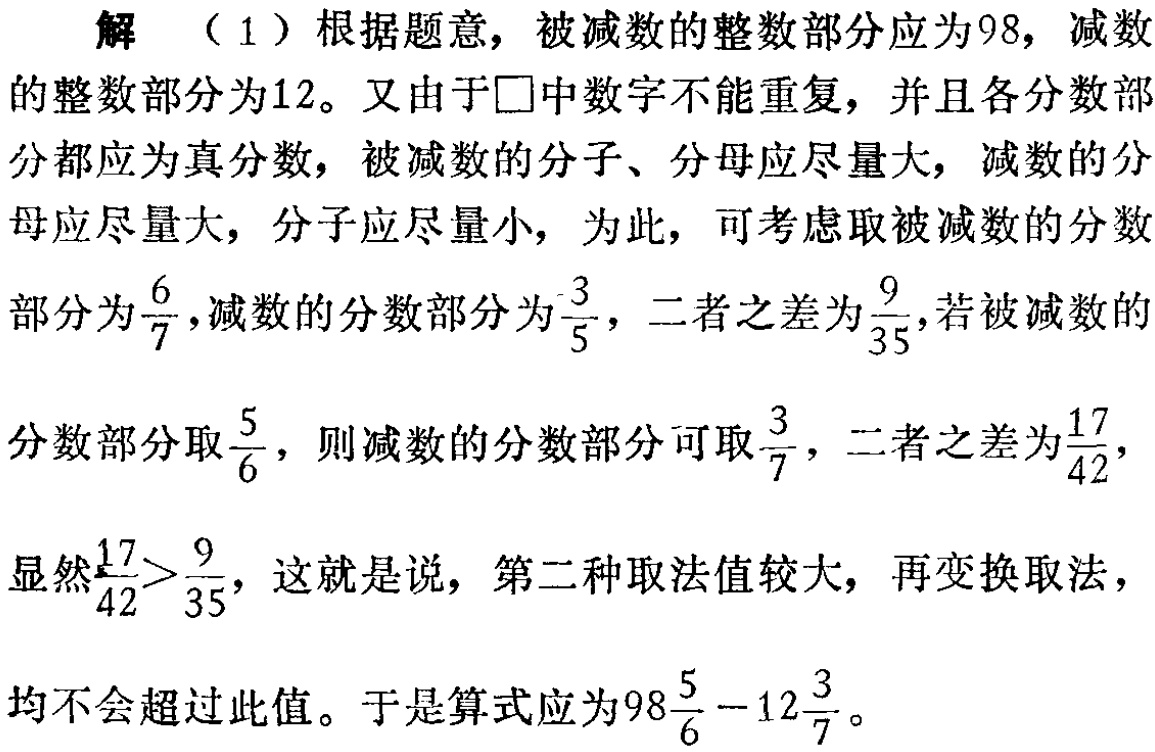
解 （1）根据题意，被减数的整数部分应为98，减数

的整数部分为12。又由于$\square$中数字不能重复，并且各分数部

分都应为真分数，被减数的分子、分母应尽量大，减数的分

母应尽量大，分子应尽量小，为此，可考虑取被减数的分数

部分为$\frac{6}{7}$,减数的分数部分为$\frac{3}{5}$，二者之差为$\frac{9}{35}$，若被减数的

分数部分取$\frac{5}{6}$，则减数的分数部分可取$\frac{3}{7}$，二者之差为$\frac{17}{42}$，

显然$\frac{17}{42}>\frac{9}{35}$，这就是说，第二种取法值较大，再变换取法，

均不会超过此值。于是算式应为$98\frac{5}{6}-12\frac{3}{7}$。